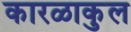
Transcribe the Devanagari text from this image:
कारळाकुल